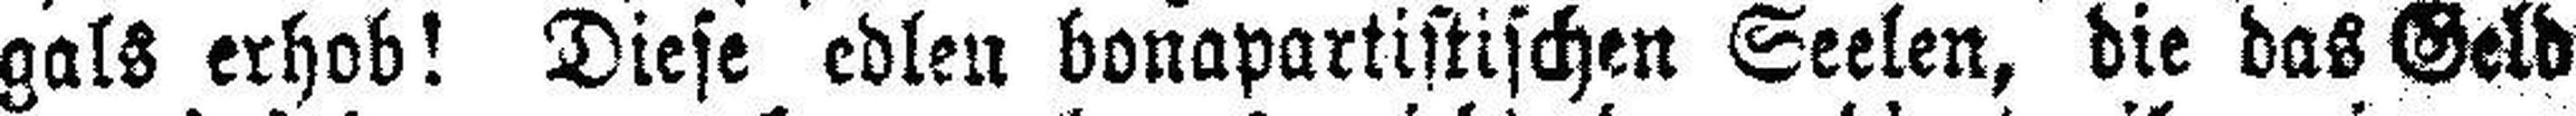
gals erhob! Diese edlen bonapartistischen Seelen, die das Geld